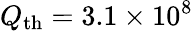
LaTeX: Q_{\mathrm{th}}=3.1\times 10^{8}